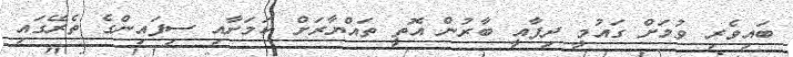
ބައިވެރި ވުމަށް ގައުމީ ދިފާއީ ބާރުން އޮތީ ތައްޔާރަށް ކަމަށާއި ސިފައިންގެ ތެރޭގައި